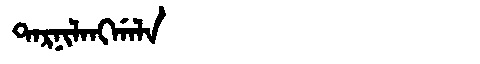
Manchu: ᡨᠠᡵᠨᡳᠯᠠᠩᡤᠠᠯᠠ
Romanization: TARNILANGGALA